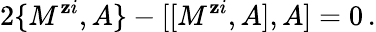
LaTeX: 2\{ M^{\mathbf{z}i},A\} -[[M^{\mathbf{z}i},A],A]=0\, .